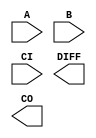
////////////////////////////////////////////////////////////////////////////////
//
//       This confidential and proprietary software may be used only
//     as authorized by a licensing agreement from Synopsys Inc.
//     In the event of publication, the following notice is applicable:
//
//                    (C) COPYRIGHT 1992 - 2016 SYNOPSYS INC.
//                           ALL RIGHTS RESERVED
//
//       The entire notice above must be reproduced on all authorized
//     copies.
//
//
// VERSION:   Simulation Architecture
//
// DesignWare_version: 89c982a1
// DesignWare_release: K-2015.06-DWBB_201506.5.2
//
////////////////////////////////////////////////////////////////////////////////
//-----------------------------------------------------------------------------------
//
// ABSTRACT:  Subtractor
//           Carry-In and Carry-Out are active high
//
// MODIFIED: 
//	     
//     Sheela   
//                      May 18, 1995
//
//     GN               Feb. 15, 1996 
//                      star 33068
//
//     RPH              07/17/2002 
//                      Rewrote to comply with the new guidelines   
//---------------------------------------------------------------------------

module DW01_sub (A, B, CI, DIFF, CO);

   parameter width=4;

   // port list declaration in order
   input [ width-1 : 0]  A, B; 
   input 		 CI;
   
   output [ width-1 : 0] DIFF;   
   output 		 CO;   

   // synopsys translate_off
   
   wire [width : 0] 	 tmp_out;
   
   //-------------------------------------------------------------------------
   // Parameter legality check
   //-------------------------------------------------------------------------

   
 
  initial begin : parameter_check
    integer param_err_flg;

    param_err_flg = 0;
    
   
    if (width < 1) begin
      param_err_flg = 1;
      $display(
	"ERROR: %m :\n  Invalid value (%d) for parameter width (lower bound: 1)",
	width );
    end
   
    if ( param_err_flg == 1) begin
      $display(
        "%m :\n  Simulation aborted due to invalid parameter value(s)");
      $finish;
    end

  end // parameter_check 

	    
   assign tmp_out = ((^(A ^ A) !== 1'b0) || (^(B ^ B) !== 1'b0)) ? {width+1{1'bx}} : A-B-CI;
   assign CO = tmp_out[width];
   assign DIFF = tmp_out[width-1 : 0];

   // synopsys translate_on
endmodule // DW01_sub;